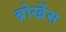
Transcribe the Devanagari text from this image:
ब्रोर्खेस